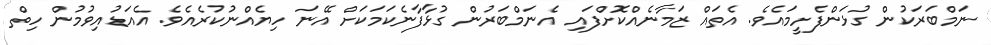
ނަމްބަރަކުން ގުޅަންފެށީމައެވެ. އެތައް ޒަމާނެއްކޮށްފައި އެނަމްބަރުން ގުޅާފާނެކަމަކަށް އޭނަ ހިޔެއްނުކުރެއެވެ. އެއަޑުއިވުމުން ހިތް